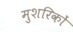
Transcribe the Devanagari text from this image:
मुशरिकों